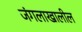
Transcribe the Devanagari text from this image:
जंगलाखालील